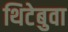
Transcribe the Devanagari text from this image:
थिटेबुवा